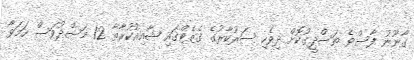
ގާނޫނު ފާސްވެ ތަސްދީގުކޮށް ދިވެހި ސަރުކާރުގެ ގެޒެޓްގައި ޝާއިއުކުރާތާ 12 މަސްދުވަސް ހަމަވާ